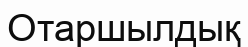
Отаршылдық